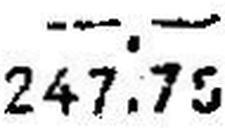
247.75